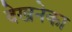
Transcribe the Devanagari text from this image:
देखनेका